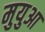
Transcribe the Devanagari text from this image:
मुयुआ